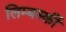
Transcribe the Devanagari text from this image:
लिम्बर्स्की